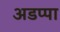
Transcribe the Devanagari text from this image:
अडप्पा